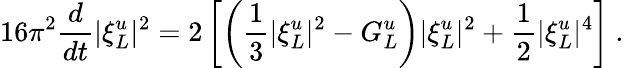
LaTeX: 16\pi^{2}\frac{d}{dt}|\xi_{L}^{u}|^{2}=2\left[\left(\frac{1}{3}|\xi_{L}^{u}|^{2}-G_{L}^{u}\right)|\xi_{L}^{u}|^{2}+\frac{1}{2}|\xi_{L}^{u}|^{4}\right]\ .